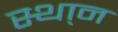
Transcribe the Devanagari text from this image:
स्था्न